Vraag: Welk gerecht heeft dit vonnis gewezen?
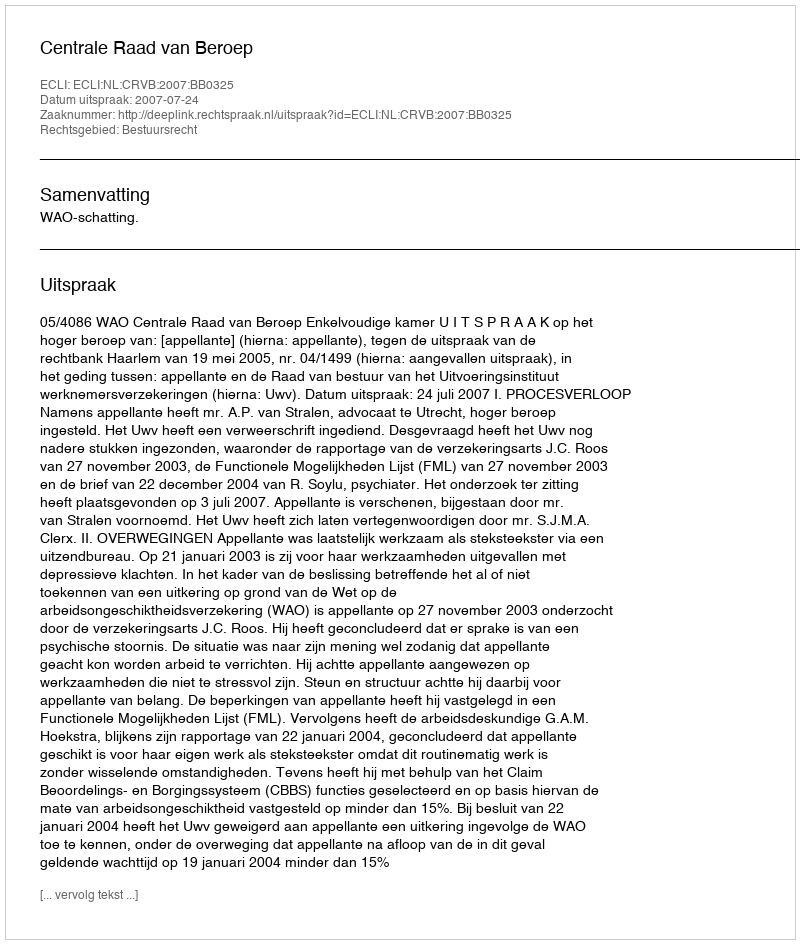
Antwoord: Centrale Raad van Beroep